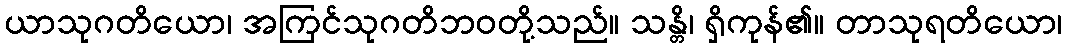
ယာသုဂတိယော၊ အကြင်သုဂတိဘဝတို့သည်။ သန္တိ၊ ရှိကုန်၏။ တာသုရတိယော၊